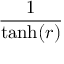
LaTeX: \frac { 1 } { \operatorname { t a n h } ( r ) }